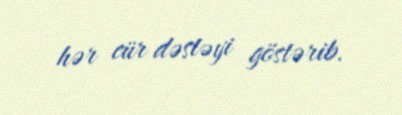
hər cür dəstəyi göstərib.